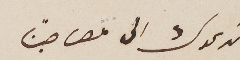
ندعوك الى مصاحبتنا